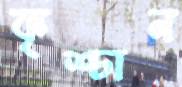
কৃশ্চান